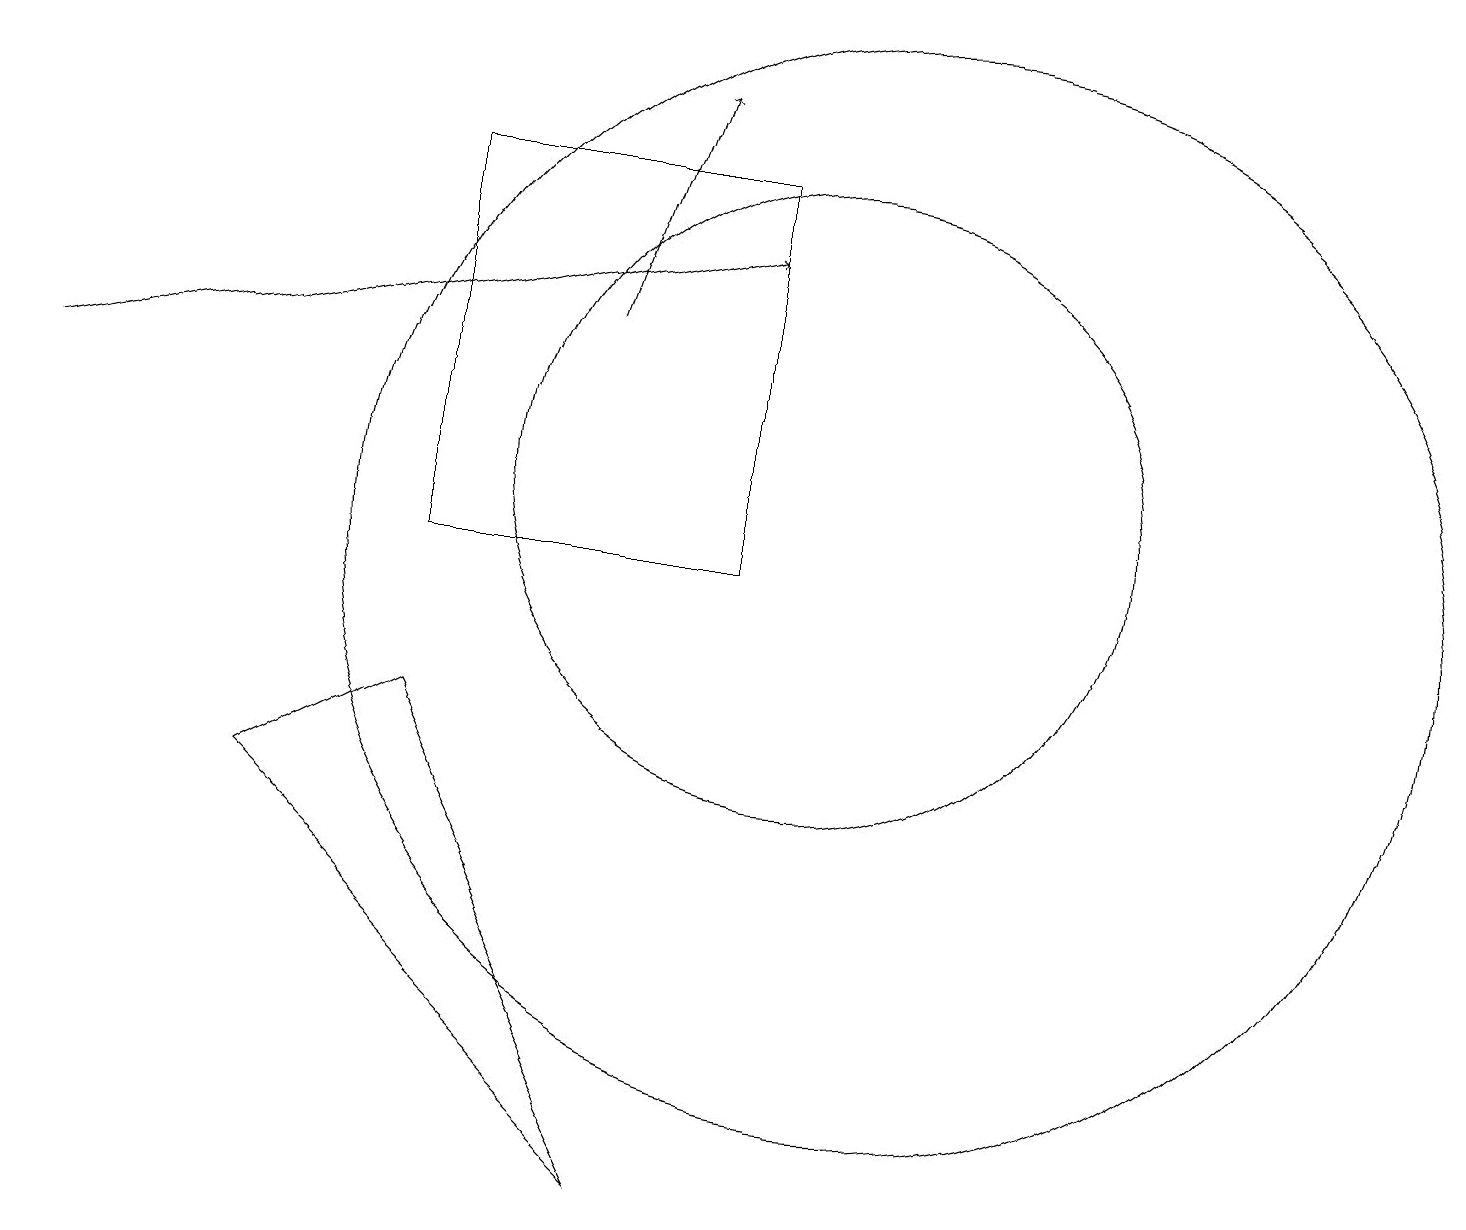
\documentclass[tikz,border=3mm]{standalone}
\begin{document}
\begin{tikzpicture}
\draw (11,10) circle (7);
\draw[->] (7,13) -- (8,16);
\draw (5,10) rectangle (9,15);
\draw (3,7) -- (8,2) -- (5,8) -- cycle;
\draw[->] (0,12) -- (9,14);
\draw (10,11) circle (4);
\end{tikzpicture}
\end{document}